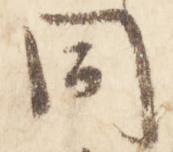
同